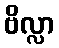
ဗိလ္လာ